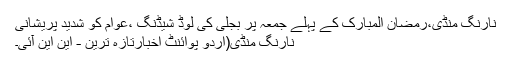
نارنگ منڈی،رمضان المبارک کے پہلے جمعہ پر بجلی کی لوڈ شیڈنگ ،عوام کو شدید پریشانی
نارنگ منڈی(اُردو پوائنٹ اخبارتازہ ترین - این این آئی۔